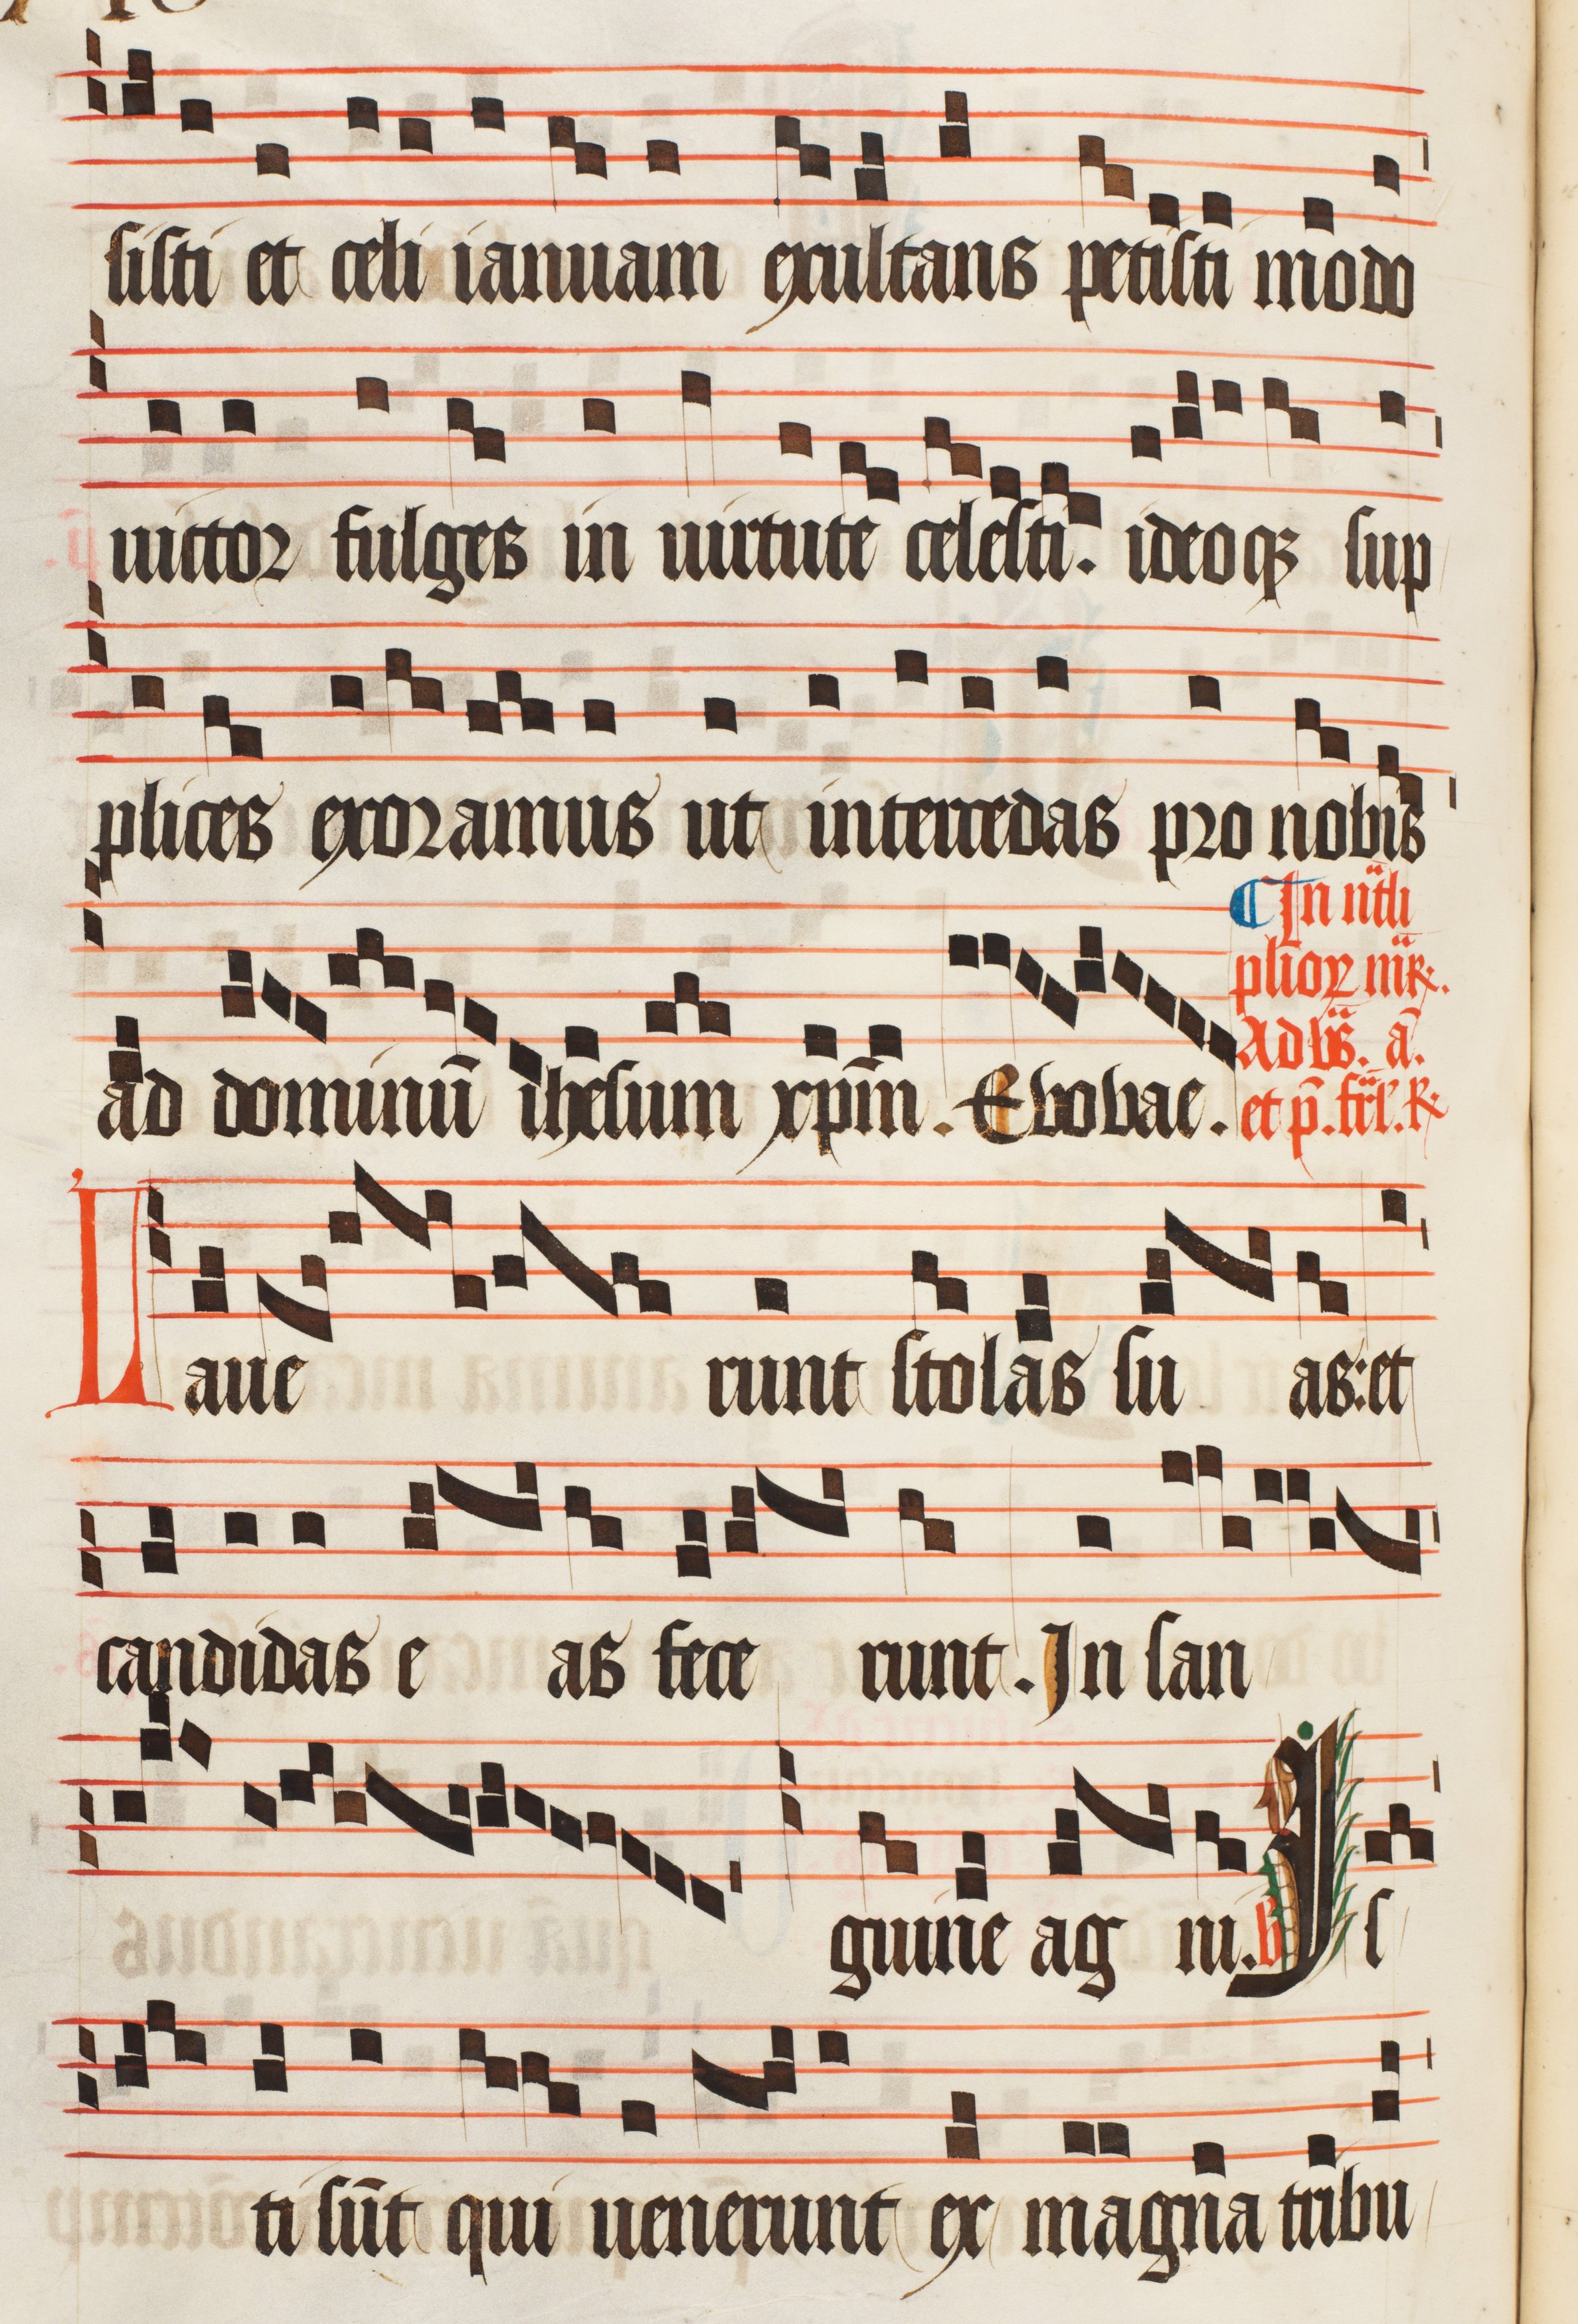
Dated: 1470–1505